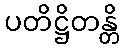
ပတိဋ္ဌိတန္တိ